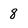
Character: 8